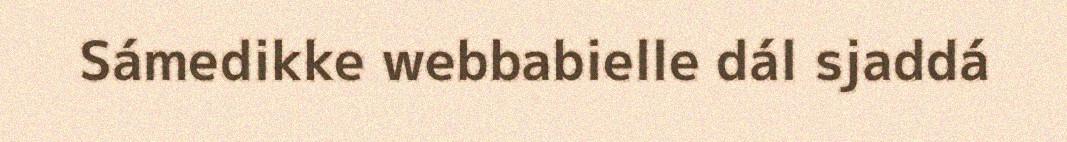
Sámedikke webbabielle dál sjaddá